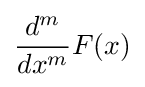
{\frac {d^{m}}{dx^{m}}}F(x)